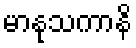
မာနုသကာနိ